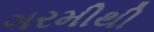
ગરમીથી